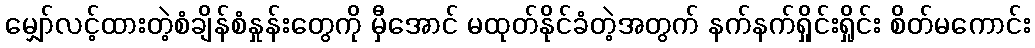
မျှော်လင့်ထားတဲ့စံချိန်စံနှုန်းတွေကို မှီအောင် မထုတ်နိုင်ခံတဲ့အတွက် နက်နက်ရှိုင်းရှိုင်း စိတ်မကောင်း